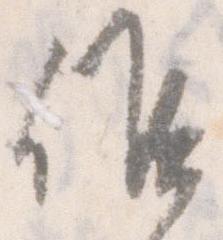
候